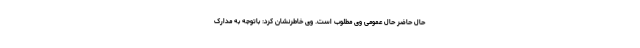
حال حاضر حال عمومی وی مطلوب است. وی خاطرنشان کرد: باتوجه به مدارک